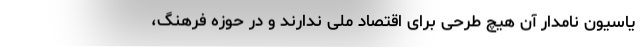
یاسیون نامدار آن هیچ طرحی برای اقتصاد ملی ندارند و در حوزه فرهنگ،